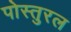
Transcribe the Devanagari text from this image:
पोस्तुरल